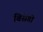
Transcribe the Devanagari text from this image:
बिसेगो